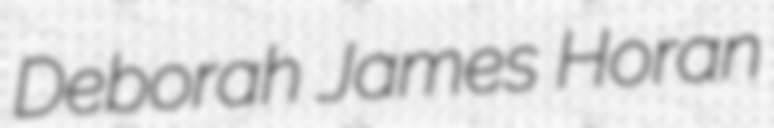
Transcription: Deborah James Horan